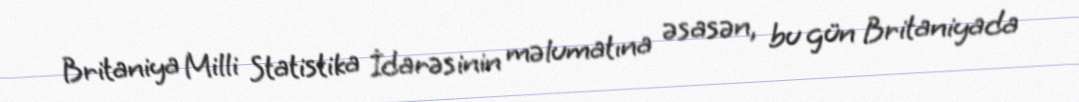
Britaniya Milli Statistika İdarəsinin məlumatına əsasən, bu gün Britaniyada